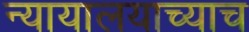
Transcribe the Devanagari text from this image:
न्यायालयाच्याच